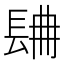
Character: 𨱸